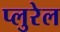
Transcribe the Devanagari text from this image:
प्लुरेल